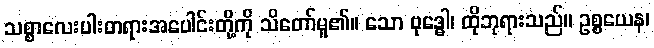
သစ္စာလေးပါးတရားအပေါင်းတို့ကို သိတော်မူ၏။ သော ဗုဒ္ဓေါ၊ ထိုဘုရားသည်။ ဥစ္စယေန၊